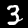
Digit: 3